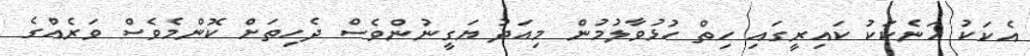
އެކަކު އަނެކަކު ކައިރީގައި ހިތް ހުޅުވާލުމުން މިއަދު ޔަގީނުންވެސް ދެހިތަށް ކޮންމެވެސް ވަރެއްގެ